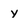
Character: y